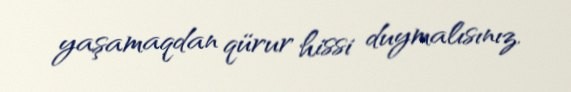
yaşamaqdan qürur hissi duymalısınız.